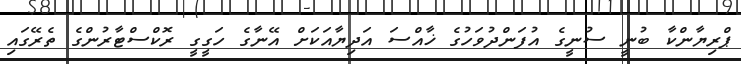
ޕްރިޔާންކާ ބުނީ ސުނީގެ އުފަންދުވަހުގެ ޚާއްސަ އަދިޔާއަކަށް އޭނާގެ ހަގީގީ ރޮކްސްޓާރުންގެ ތެރޭގައި